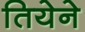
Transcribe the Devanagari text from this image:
तियेने